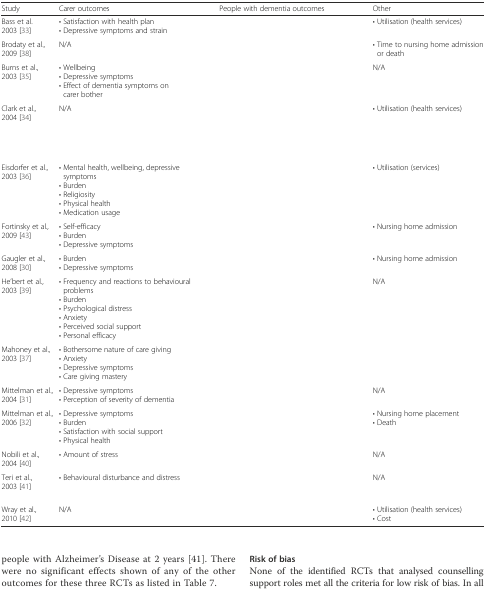
<table><thead><tr><td><b>Study</b></td><td><b>Carer outcomes</b></td><td><b>People with dementia outcomes</b></td><td><b>Other</b></td></tr></thead><tbody><tr><td>Bass et al. 2003 [33]</td><td>• Satisfaction with health plan• Depressive symptoms and strain</td><td>[EMPTY_CELL]</td><td>• Utilisation (health services)</td></tr><tr><td>Brodaty et al., 2009 [38]</td><td>N/A</td><td>[EMPTY_CELL]</td><td>• Time to nursing home admission or death</td></tr><tr><td>Burns et al., 2003 [35]</td><td>• Wellbeing• Depressive symptoms• Effect of dementia symptoms on carer bother</td><td>[EMPTY_CELL]</td><td>N/A</td></tr><tr><td>Clark et al., 2004 [34]</td><td>N/A</td><td>[EMPTY_CELL]</td><td>• Utilisation (health services)</td></tr><tr><td>Eisdorfer et al., 2003 [36]</td><td>• Mental health, wellbeing, depressive symptoms• Burden• Religiosity• Physical health• Medication usage</td><td>[EMPTY_CELL]</td><td>• Utilisation (services)</td></tr><tr><td>Fortinsky et al.<i>,</i> 2009 [43]</td><td>• Self-efficacy• Burden• Depressive symptoms</td><td>[EMPTY_CELL]</td><td>• Nursing home admission</td></tr><tr><td>Gaugler et al., 2008 [30]</td><td>• Burden• Depressive symptoms</td><td>[EMPTY_CELL]</td><td>• Nursing home admission</td></tr><tr><td>He’bert et al., 2003 [39]</td><td>• Frequency and reactions to behavioural problems• Burden• Psychological distress• Anxiety• Perceived social support• Personal efficacy</td><td>[EMPTY_CELL]</td><td>N/A</td></tr><tr><td>Mahoney et al.<i>,</i> 2003 [37]</td><td>• Bothersome nature of care giving• Anxiety• Depressive symptoms• Care giving mastery</td><td>[EMPTY_CELL]</td><td>[EMPTY_CELL]</td></tr><tr><td>Mittelman et al., 2004 [31]</td><td>• Depressive symptoms• Perception of severity of dementia</td><td>[EMPTY_CELL]</td><td>N/A</td></tr><tr><td>Mittelman et al., 2006 [32]</td><td>• Depressive symptoms• Burden• Satisfaction with social support• Physical health</td><td>[EMPTY_CELL]</td><td>• Nursing home placement• Death</td></tr><tr><td>Nobili et al., 2004 [40]</td><td>• Amount of stress</td><td>[EMPTY_CELL]</td><td>N/A</td></tr><tr><td>Teri et al., 2003 [41]</td><td>• Behavioural disturbance and distress</td><td>[EMPTY_CELL]</td><td>N/A</td></tr><tr><td>Wray et al., 2010 [42]</td><td>N/A</td><td>[EMPTY_CELL]</td><td>• Utilisation (health services)• Cost</td></tr></tbody></table>